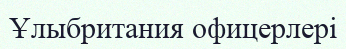
Ұлыбритания офицерлері